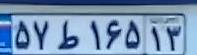
۵۷ط۱۶۵۱۳